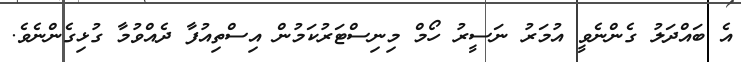
އެ ބައްދަލު ގެންނެވީ އުމަރު ނަސީރު ހޯމް މިނިސްޓަރުކަމުން އިސްތިއުފާ ދެއްވުމާ ގުޅިގެންނެވެ.